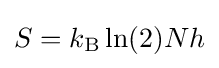
S=k_{\mathrm {B} }\ln(2)Nh